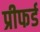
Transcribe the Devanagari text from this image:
प्रीफर्ड